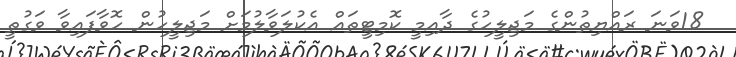
18ވަނަ ރައްޔިތުންގެ މަޖިލީހުގެ ދާއިމީ ކޮމިޓީތައް އެކުލަވާލުމަށް މަޖިލީހުން ހޮވާފައިވާ ވަގުތީ